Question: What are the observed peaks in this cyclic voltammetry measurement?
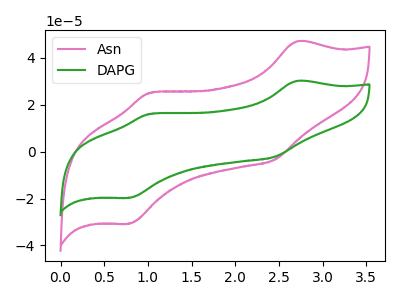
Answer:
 <answer>The pink curve "Asn" has anodic peaks at (2.70V, 47.10uA) (1.05V, 25.15uA) and cathodic peaks at (2.45V, -3.45uA) (0.80V, -30.75uA). The green curve "DAPG" has anodic peaks at (2.70V, 30.20uA) (1.05V, 16.10uA) and cathodic peaks at (2.45V, -2.20uA) (0.80V, -19.70uA).</answer>
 <eval></eval>